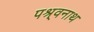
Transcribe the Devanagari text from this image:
पश्र्वनाथ